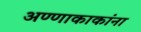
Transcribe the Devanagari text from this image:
अण्णाकाकांना